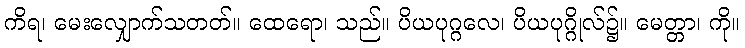
ကိရ၊ မေးလျှောက်သတတ်။ ထေရော၊ သည်။ ပိယပုဂ္ဂလေ၊ ပိယပုဂ္ဂိုလ်၌။ မေတ္တာ၊ ကို။